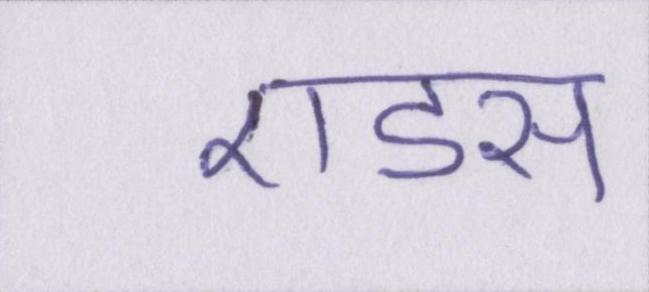
एडस